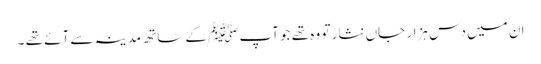
ان میں دس ہزار جاں نثار تو وہ تھے جو آپﷺ کے ساتھ مدینہ سے آئے تھے ۔